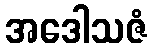
အဒေါသဇံ